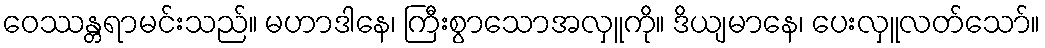
ဝေဿန္တရာမင်းသည်။ မဟာဒါနေ၊ ကြီးစွာသောအလှူကို။ ဒိယျမာနေ၊ ပေးလှူလတ်သော်။